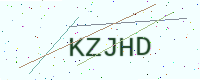
Text: KZJHD